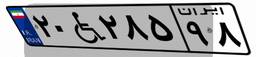
۲۰W۲۸۵۹۸